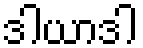
ဒါယာဒါ